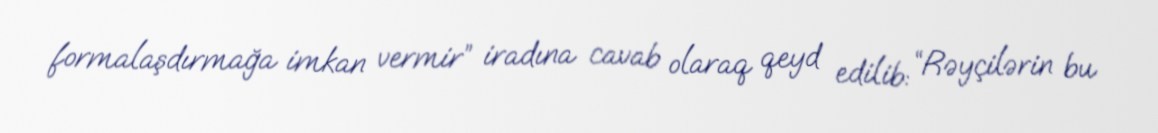
formalaşdırmağa imkan vermir” iradına cavab olaraq qeyd edilib: “Rəyçilərin bu